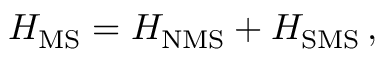
\begin{array} { r } { H _ { \mathrm { M S } } = H _ { \mathrm { N M S } } + H _ { \mathrm { S M S } } \, , } \end{array}